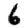
Digit: 6